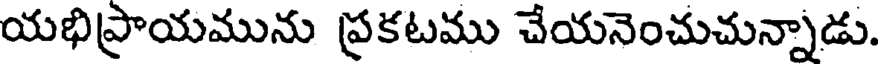
యభిప్రాయమును ప్రకటము చేయనెంచుచున్నాడు.